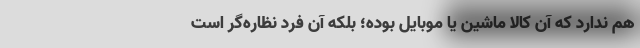
هم ندارد که آن کالا ماشین یا موبایل بوده؛ بلکه آن فرد نظاره‌گر است